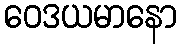
ဝေဒယမာနော